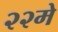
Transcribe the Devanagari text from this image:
२२मे